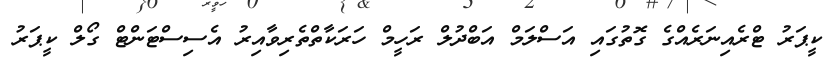
ކީޕަރު ޓްރެއިނަރެއްގެ ގޮތުގައި އަސްލަމް އަބްދުލް ރަހީމް ހަރަކާތްތެރިވާއިރު އެސިސްޓަންޓް ގޯލް ކީޕަރު